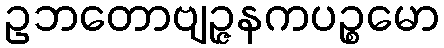
ဥဘတောဗျဉ္ဇနကပဉ္စမော